Leaving Certificate Examination, 1903
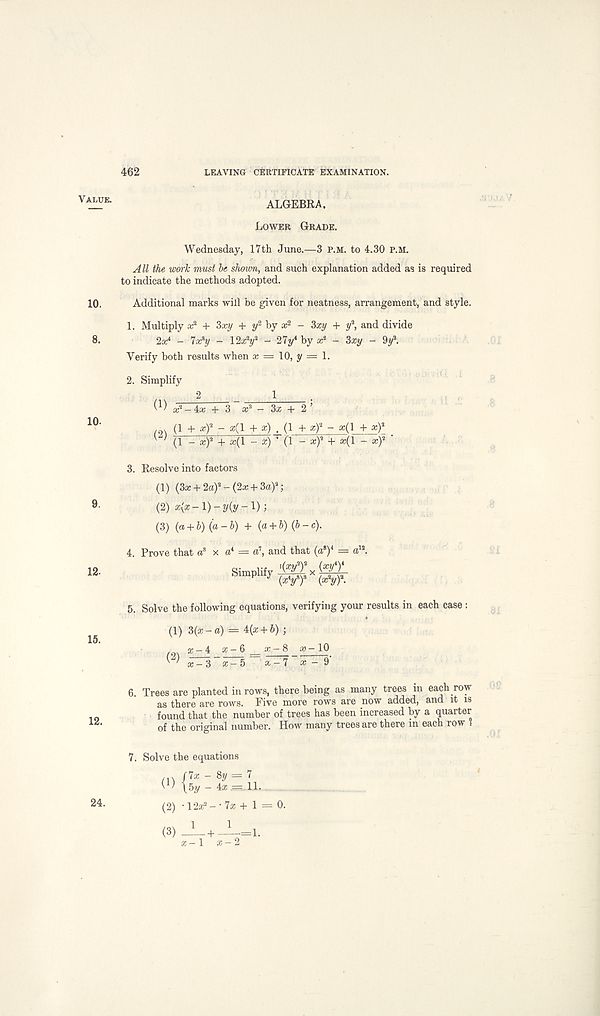
462
LEAVING CERTIFICATE EXAMINATION.
Value.
10.
8.
10.
9.
12.
15.
12.
ALGEBRA.
Lower Grade.
Wednesday, 17th June.—3 p.m. to 4.30 P.M.
All the work must be shown, and such explanation added as is required
to indicate the methods adopted.
Additional marks will be given for neatness, arrangement, and style.
1. Multiply a: 2 + 3a?y + y 2 by a; 2 - ?>xy + y 2 , and divide
2a? 4 - 7a?y - 12x 2 y 2 - 27y 4 by a: 2 - Zxy - 9y 2 .
Verify both results when x = 10, y = 1.
2. Simplify
2
1
W a: 2 -4.x + 3 x 2 - 3x + 2 ’
(1 + x) 2 - a;(l + x) . (1 + xf - x(l + xf _
(1 - x) 2 + x(l - x)^ (\ - x) 2 + x(l - x) 2 ■
3. Resolve into factors
(1) (3x + 2a) 2 -(2x + 3a) 2 ;
(2) x\% -1) - y{y -1);
(3) (a + b) (a-b) + (a + b)(b-c).
4. Prove that a 3 x a 4 = ft 7 , and that (ft*) 4 = ft 12 .
Simplify .(xy 2 ) 2 ^ (xy 4 ) 4
(x 4 /) 8 (x 2 y) 2 .
5. Solve the following equations, verifying your results in each case :
(1) 3(x - ft) = 4(x + b) ;
x-10
x - 3 x-5 x - 7 x-9‘
6. Trees are planted in rows, there being as many trees in each row
as there are rows. Five more rows are now added, and it is
found that the number of trees has been increased by a quarter
of the original number. How many trees are there in each row 1
7. Solve the equations
m
- 8y = 7
V 1 ' \5y - 4x^11.
(2) • 12x 2 - • 7x + 1 = 0.
1
1
H
c — 1
(3) -
-=1.
24.